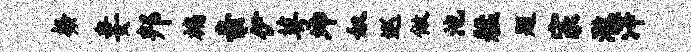
粲妻邦褊亲伊萼坤奴巡做池艋题宗澈滓